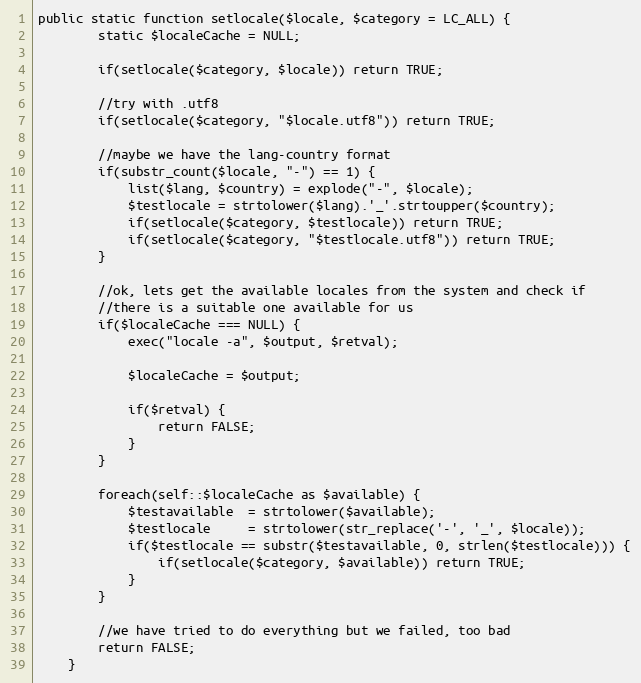
Language: PHP
public static function setlocale($locale, $category = LC_ALL) {
        static $localeCache = NULL;

        if(setlocale($category, $locale)) return TRUE;

        //try with .utf8
        if(setlocale($category, "$locale.utf8")) return TRUE;

        //maybe we have the lang-country format
        if(substr_count($locale, "-") == 1) {
            list($lang, $country) = explode("-", $locale);
            $testlocale = strtolower($lang).'_'.strtoupper($country);
            if(setlocale($category, $testlocale)) return TRUE;
            if(setlocale($category, "$testlocale.utf8")) return TRUE;
        }

        //ok, lets get the available locales from the system and check if
        //there is a suitable one available for us
        if($localeCache === NULL) {
            exec("locale -a", $output, $retval);

            $localeCache = $output;

            if($retval) {
                return FALSE;
            }
        }

        foreach(self::$localeCache as $available) {
            $testavailable  = strtolower($available);
            $testlocale     = strtolower(str_replace('-', '_', $locale));
            if($testlocale == substr($testavailable, 0, strlen($testlocale))) {
                if(setlocale($category, $available)) return TRUE;
            }
        }

        //we have tried to do everything but we failed, too bad
        return FALSE;
    }